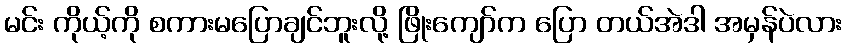
မင်း ကိုယ့်ကို စကားမပြောချင်ဘူးလို့ ဖြိုးကျော်က ပြော တယ်အဲဒါ အမှန်ပဲလား